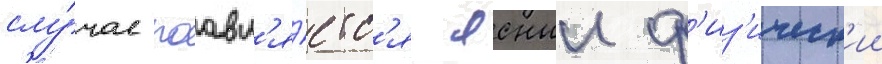
слу́чае поавл'я́етс'я ясныи ф'из'ическ'ии